Report on plague and inoculation in the Punjab from October 1st ... to September 30th..., being the ... season of plague in the province
Disease focus: Plague
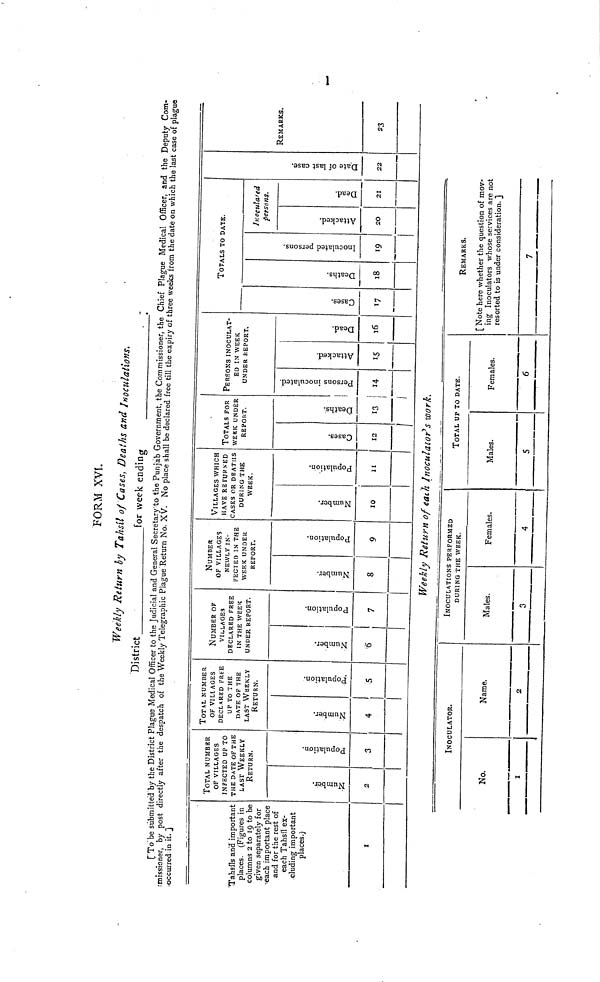
FORM XVI.
Weekly Return by Tahsîl of Cases, Deaths and Inoculations.
District
for week
ending
•
-—
[To be submitted by the District Plague Medical Officer to the Judicial and General Secretary to the Punjab Government, the Commissioner, the Chief Plague Medical Officer, and the Deputy Com-
.'Biissioner, by post directly after the despatch of the Weekly Telegraphic Plague Return No. XV. No place shall be declared free till the expiry of three weeks from the date on which the last case of plague
occurred in it. ]
"Tahsils and important
places. (Figures in
columns 2 to 19 to be
given separately for
•each important place
and for the rest of
each Tahsil ex-
cluding important
places.)
1
TOTAL NUMBHR
OF VILLAGES
INFECTED UP TO
THE DATE OF THE
LAST WEEKLY
RETURN.
Number.
2
Population.
3
TOTAL NUMBER
OF VILLAGES
DECLARED FREE
UP TO THE
DATE OF THE
LAST WEEKLY
RETURN.
Number.
4
Population.
5
NUMBER OF
VILLAGES
DECLARED FREE
IN THE WEEK
UNDER REPORT.
Number.
6
Population.
7
NUMBER
OF VILLAGES
NEWLY IN-
FECTED IN THE
WEEK UNDER
REPORT.
Number.
8
Population.
9
VILLAGES WHICH
HAVE RETURNED
CASES OR DEATHS
DURING THE
WEEK.
Number.
10
Population.
11
TOTALS FOR
WEEK UNDER
REPORT.
Cases.
12
Deaths.
13
PERSONS INOCULAT-
ED IN WEEK
UNDER REPORT.
Persons inoculated.
14
Attacked.
15
Dead.
16
TOTALS TO DATE.
Cases.Deaths.
18
Inoculated persons.
19
lneculated
persons.
Attacked.
20
Dead.
21
Date of lats case.
22
REMARKS.
23
Weekly Return of each Inoculator's work.
INOCULATOR.
No.
1
Name.
2
INOCULATIONS PERFORMED
DURING THE WEEK.
Males.
3
Females.
4
TOTAL UP TO DATE.
Males.
S
Females.
6
REMARKS.
[ Note here whether the question of mov-
ing Inoculators whose services are not
resorted to is under consideration. ]
7